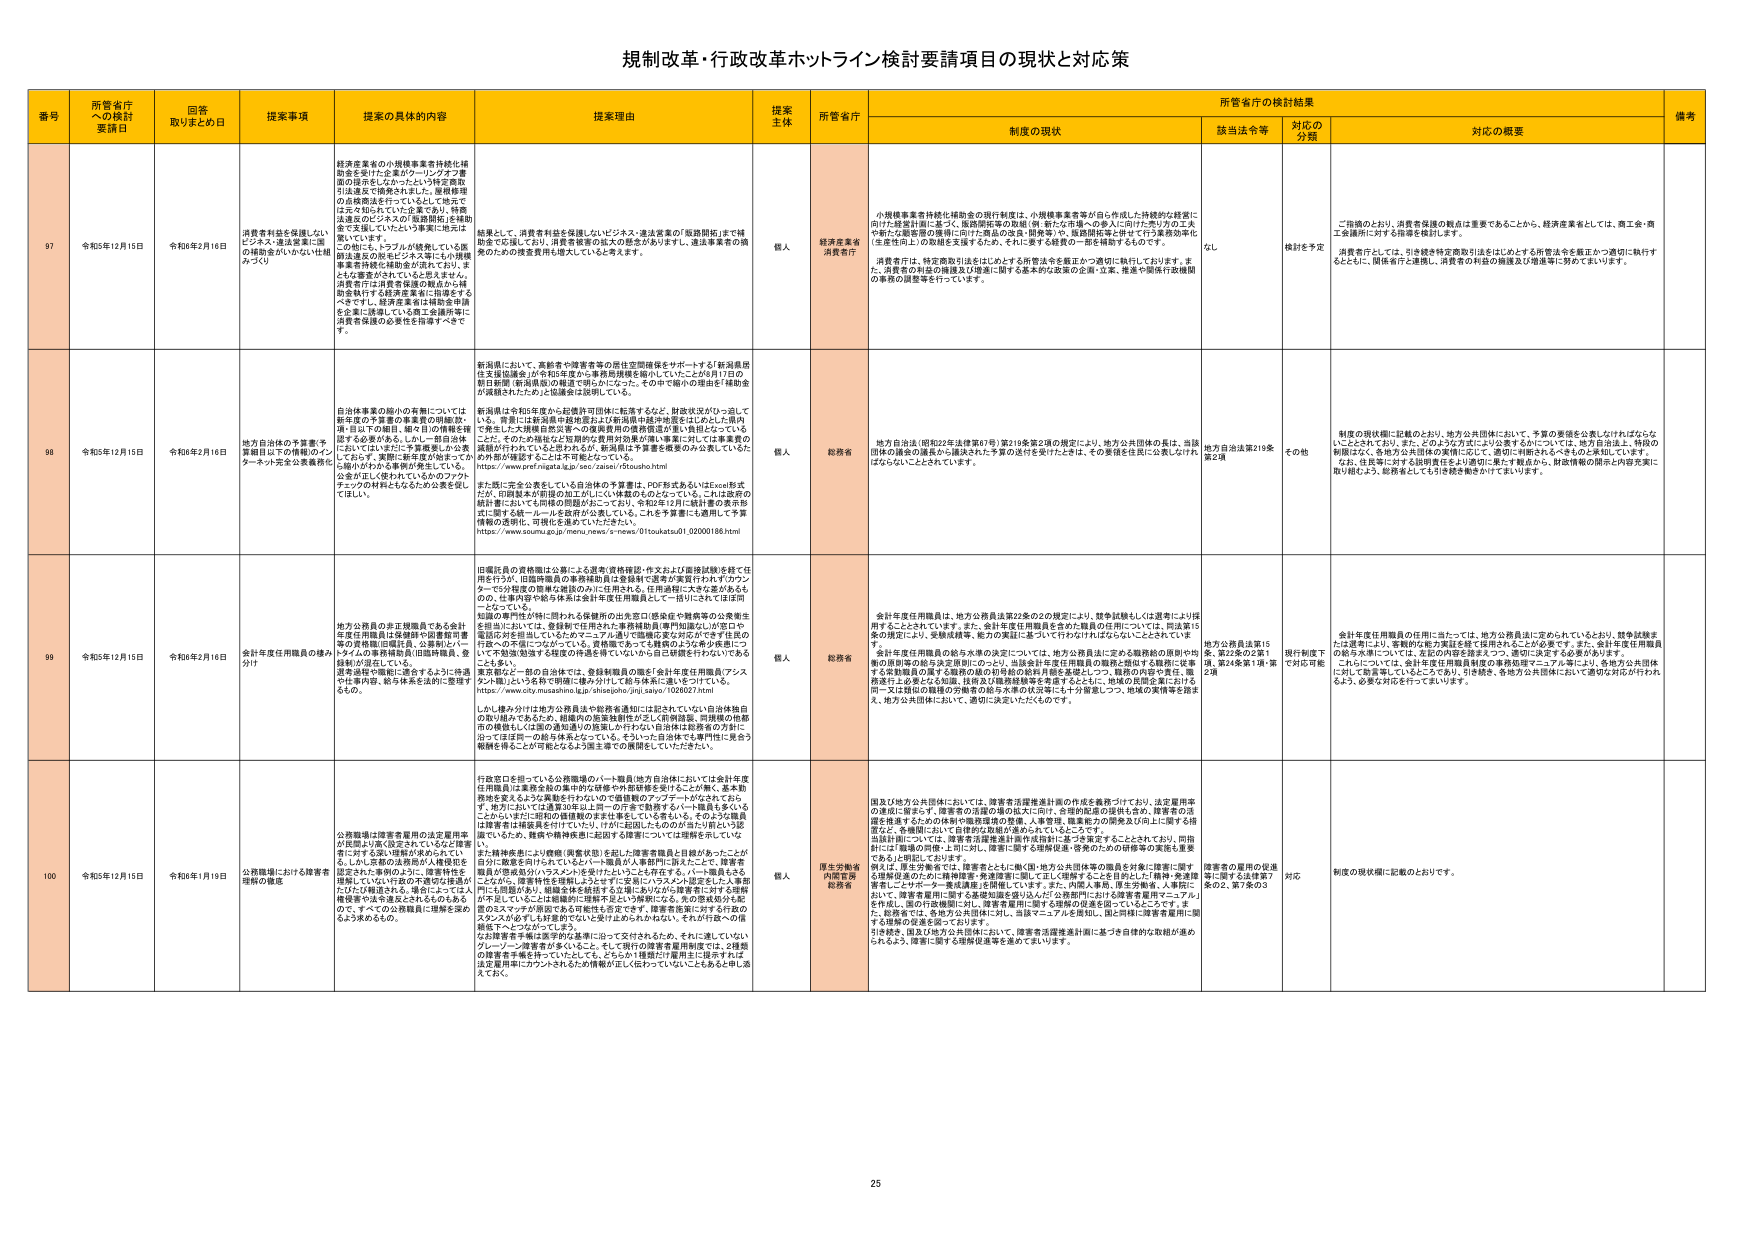
規制改革・行政改革ホットライン検討要請項目の現状と対応策

番号 所管省庁への検討要請日 回答取りまとめ日 提案事項 提案の具体的内容 提案理由 提案主体 所管省庁 制度の現状 所管省庁の検討結果 備考
該当法令等 対応の分類 対応の概要

97 令和5年12月15日 令和6年2月16日 消費者利益を保護しないビジネス・違法営業に関する補助金がいかにいき届くか？ 経済産業省の小規模事業者持続化補助金を受ける企業のマーケティング費面の提示をしなかったという特定要配引法違反で補助金を返還した。経済産業省の直接補助を行っているとして地元ではかなり知られている企業であり、特例法違反のビジネスの「直接補助」を補助金で支援していたという事実に地元は驚いている。この他にも、トラブルが続発している既補助違反の商社ビジネス等にも小規模事業者持続化補助金が流れている。また、公金を繰り入れるなども考えざるを得ない。消費者行政は消費者保護の観点から補助金執行する経済産業省に指導をするべきですし、経済産業省は補助金申請を企業に誘導している商工会議所等に消費者保護の必要性を指導すべきです。 募集しては、消費者利益を保護しないビジネス・違法営業の「販路開拓」まで補助金で応援しており、消費者保護の観点の感覚がありません。違法事業者の補助金のための投資費用も拡大していると考えます。 個人 経済産業省 消費庁 小規模事業者持続化補助金の現行制度は、小規模事業者等が自ら作成した持続的な経営に向けた「経営計画」に基づく「販路開拓等の取組」（新・新たな市場への参入に向けた売り込み、人気や新たな需要の獲得に向けた製品の改良・開発等）や、販路開拓等に伴う「セミナー等費用等」（生産性向上）の取組を支援するため、それぞれ要する経費の一部を補助するものです。 消費者庁は、特定商取引法をはじめとする所管法令を厳正かつ適切に執行しております。また、消費者の利益の確保及び増進に関する基本的な政策の企画・立案、推進や関係行政機関の事務の調整等を行っています。 なし 検討を予定 ご指摘のとおり、消費者保護の観点は重要であることから、経済産業省としては、商工会・商工会議所に対する指導を検討します。 消費者庁としては、引き続き特定商取引法をはじめとする所管法令を厳正かつ適切に執行するとともに、関係省庁と連携し、消費者の利益の確保及び増進等に努めてまいります。

98 令和5年12月15日 令和6年2月16日 地方自治体の予算書・予算細目以下の情報のインターネット完全公表義務化 自治体事業の細小の有無については、新年度の予算書の事業費の明細数・項・目以下の細目、単々目の情報が確認する必要がある。しかし一部自治体においては、ほぼ完全予算書を公表しており、実際に事業費が何をでどの細目がわかる事業費が発生している。公金が正しく使われているかのファクトチェックの材料となるため公表を促してほしい。 新潟県において、高齢者や障害者等の居住空間確保をサポートする「新潟県居住支援協議会」が令和3年度から事務所規模を縮小していたことが6月17日の朝日新聞（新潟県版）の報道で明らかになった。その中で細小の理由が「補助金が減額されたため」と報道され説明している。 新潟県は令和3年度から超優待可視化に転落するなど、財政状況がひっ迫している。背景には新潟県中越地震および新潟県中越沖地震をはじめとした県内に発生した大規模自然災害への復興費用の負担増が重く負担となっている。ただ、その大規模な災害対応費用が県民が個人事業主に対しては事業費の減額が行われていると知られると、新潟県は予算書を概要のみ公表していた。 https://www.pref.niigata.lg.jp/see/zaisu/6toukou.html また、既に完全公表をしている自治体の予算書は、PDF形式あるいはExcel形式だが、印刷製本が用語の加工がしにくい体裁のものとなっている。これは政府の統計書においても同様の問題が起こっており、令和2年12月に統計書の表示形式に関する統一ルールを政府が公表している。これを予算書にも適用して予算情報の透明化、可視化を進めていただきたい。 https://www.soumu.go.jp/menu/news/s-news/01toukatsu01_02000186.html 個人 総務省 地方自治法（昭和22年法律第67号）第219条第2項の規定により、地方公共団体の長は、当該団体の議会の議長から議決された予算の交付を受けたときは、その要領を住民に公表しなければならないこととされています。 地方自治法第219条第2項 その他 制度の現状欄に記載のとおり、地方公共団体において、予算の要領を公表しなければならないこととされており、また、どのように方法により公表するかについては、地方自治法上、特段の制限はなく、各地方公共団体の実情に応じて、適切に判断されるべきものと承知しています。 なお、住民等に対する説明責任をより適切に果たす観点から、財政情報の開示と内容充実に取り組むよう、総務省としても引き続き働きかけてまいります。

99 令和5年12月15日 令和6年2月16日 会計年度任用職員の確保方法 地方公務員の非正規職員である会計年度任用職員は保健所や図書館司書等の直接職に従事する。公務員とパートタイムの事務補助員（出張時職員、登録制）が混在している。退職後や職務に適合するように待遇や仕事内容、給与体系を法的に整理するもの。 旧嘱託員の資格職は公募による選考（資格確認）作文および面接試験）を経て任用を行うが、旧臨時職員の事務補助員は登録制で選考が実質行われずかつワンターンで5分程度の簡単な確認のみに任用される。任用過程に大きな差があるもの、仕事内容や給与体系は会計年度任用職員として一括りにされてほぼ同一となっている。 知識の専門性が特に問われる保健所の公衛士（感染症や精神等の公衆衛生を担当）においては、登録制で任用された事務補助員（専門知識なし）が窓口や電話対応を担当しているためマニュアル通りで知識の差が対応が不十分な窓口対応への不満につながっている。資格職であっても経験のよさを多少重視しつつでも知識（医療）を経験の再教育を行っていないから自己研鑽を行わないでいることも多い。 業務面など一部の自治体では、登録制職員の職を「会計年度任用職員（アシスタント職）」という名称で明確に格差分けして給与体系に違いをつけている。 https://www.city.musashino.lg.jp/shiseijo/jinj_saiyo/1026027.html しかし、積み分けは地方公務員法や総務省通知には記されていない自治体独自の取り組みであるため、組織内の施策強制性が乏しく府県職員、同様の他都道府県職員も（仕事の適切な知見）の把握しか行えない自治体は政策者の方針に沿ってほぼ同一の給与体系となっている。そういった自治体でも専門性に見合う報酬を得ることが可能となるよう施主導での改善をしていただきたい。 個人 総務省 会計年度任用職員は、地方公務員法第22条の2の規定により、競争試験もしくは選考により採用することとされています。また、会計年度任用職員を含めた職員の任用については、同法第15条の規定により、受験成績等、能力の実証に基づいて行わなければならないこととされていま す。 会計年度任用職員の給与水準の決定については、地方公務員法に定める職務給の原則や待遇の原則等の観点から定期的にチェックし、当該会計年度任用職員の職務と関係する職務に従事する常勤職員の属する職務の級の初任給の総和月額を基礎としつつ、職務の内容や責任、職務遂行上の努力なども加味、技能及び職務経験等を考慮するとともに、地域の民間企業における同一又は類似の職種の労働者の給与水準の状況等にも十分留意しつつ、地域の実情等を踏まえ、地方公共団体において、適切に決定いただくものです。 地方公務員法第15条、第22条の2第1項、第24条第1項・第2項 現行制度下で対応可能 会計年度任用職員の任用に当たっては、地方公務員法に定められているとおり、競争試験または選考により、客観的な能力実証を経て採用されることが必要です。また、会計年度任用職員の給与水準については、左記の内容を踏まえつつ、適切に決定する必要があります。 これについては、会計年度任用職員制度の事務指導マニュアル等により、各地方公共団体に対して助言等しているところであり、引き続き、各地方公共団体において適切な対応が行われるよう、必要な対応を行ってまいります。

100 令和5年12月15日 令和6年1月19日 公務職場における障害者理解の徹底 公務職場は障害者雇用の法定雇用率が見直され、固定されていることが障害者に対する高い理解が求められている。しかし、実際の公務員が人権侵害を認定される事例のように、障害特性を理解していない行政の不適切な接遇が広がりの原因とも、場合によっては人権侵害や法令違反とされるものもあるので、すべての公務職員に理解を深めるよう求めるもの。 行政窓口を担っている公務職場のパート職員（地方自治体）においては会計年度任用職員は業務全般の集中的な研修や外部研修を受けることが無く、基本勤務地を変えるような異動を行わないため「個別職のアップデートがなされておらず、地方においては大量発生防止計画への円滑な転換するパート職員も多い。このように、一部の直接職のまま仕事をしている者もいる。そのような職員は障害者は職場員を何すればいいか、何がお困りなのかの対応が十分にできていない状態でいるため、難病や精神疾患に起因する障害については理解を示していな い。 また、精神疾患により夜間（異常状態）を記した障害者職員と直接があったことが全分に数値を問われていないという職員が人事部門に訴えたことで、障害者職員が警察局（別）のラジオノートを受付たおしえを受ける、パート職員もある。このため、障害特性を理解しようとするに至る前に「ラジオノート認定をした人事官」に「人権侵害」として通報され、障害者雇用に関する基本知識を学び込んだ「公務部門における障害者雇用マニュアル」を作成し、国の行政機関に対し、障害者雇用に関する理解の促進を図っているところです。また、総務省では、各地方公共団体に対し、当該マニュアルを周知し、国と同様に障害者雇用に関する研修の促進を図っております。 引き続き、国及び地方公共団体において、障害者活躍推進計画に基づき自律的な取組が進められるよう、障害に関する理解促進等を進めてまいります。 個人 厚生労働省 内閣府 総務省 国及び地方公共団体において、障害者活躍推進計画の作成を義務づけており、法定雇用率の達成に限らず、障害者の活躍の場の拡大に向け、合理的配慮の提供を進め、障害者の活躍を推進するための体制や職務環境の整備、人事管理、職業能力の開発及び向上に関する措置など、各機関において自律的な取組が進められているところです。 当該取組については、障害者活躍推進計画作成指針に基づき策定することとされており、同指針には「職場の併用・上司に対し、障害に関する理解促進・啓発のための研修等の実施も重要である」と明記しております。 例えば、厚生労働省では、障害者とともに働く（地）地方公共団体等の職員を対象に障害に関する理解促進のために「精神障害・発達障害に関して正しく理解することを目的とした「精神・発達障害者レコギャー～基本講義」を開催しています。また、内閣人事局、厚生労働省、人事院において、障害者雇用に関する基本知識を学び込んだ「公務部門における障害者雇用マニュアル」を作成し、国の行政機関に対し、障害者雇用に関する理解の促進を図っているところです。また、総務省では、各地方公共団体に対し、当該マニュアルを周知し、国と同様に障害者雇用に関する研修の促進を図っております。 引き続き、国及び地方公共団体において、障害者活躍推進計画に基づき自律的な取組が進められるよう、障害に関する理解促進等を進めてまいります。 障害者の雇用の促進等に関する法律第7条の2、第7条の3 対応 制度の現状欄に記載のとおりです。

25